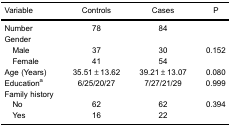
| Variable | Controls | Cases | P |
 | --- | --- | --- | --- |
 | Number | 78 | 84 |  |
 | <COLSPAN=4> Gender |
 | Male | 37 | 30 | 0.152 |
 | Female | 41 | 54 |  |
 | Age (Years) | 35.51±13.62 | 39.21±13.07 | 0.080 |
 | Educationa | 6/25/20/27 | 7/27/21/29 | 0.999 |
 | <COLSPAN=4> Family history |
 | No | 62 | 62 | 0.394 |
 | Yes | 16 | 22 |  |